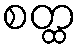
စတ္ထ